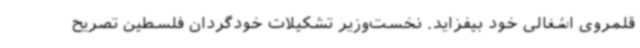
قلمروی اشغالی خود بیفزاید. نخست‌وزیر تشکیلات خودگردان فلسطین تصریح